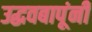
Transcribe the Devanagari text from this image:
उद्धवबापूंनी